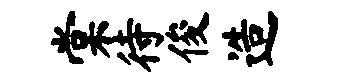
棠待俊造